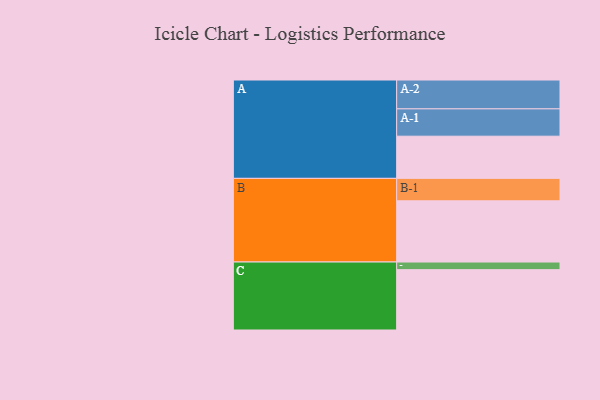
{"axis": {"x": "Segment", "y": "Value"}, "legend": ["", "A", "B", "C"], "data": [{"x": "A", "y": 304, "type": ""}, {"x": "B", "y": 441, "type": ""}, {"x": "C", "y": 435, "type": ""}, {"x": "A-1", "y": 197, "type": "A"}, {"x": "A-2", "y": 208, "type": "A"}, {"x": "B-1", "y": 162, "type": "B"}, {"x": "C-1", "y": 55, "type": "C"}]}